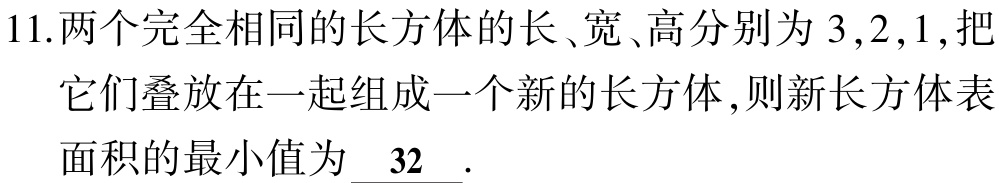
11.两个完全相同的长方体的长、宽、高分别为\(3,2,1\),把它们叠放在一起组成一个新的长方体,则新长方体表面积的最小值为\(32\).